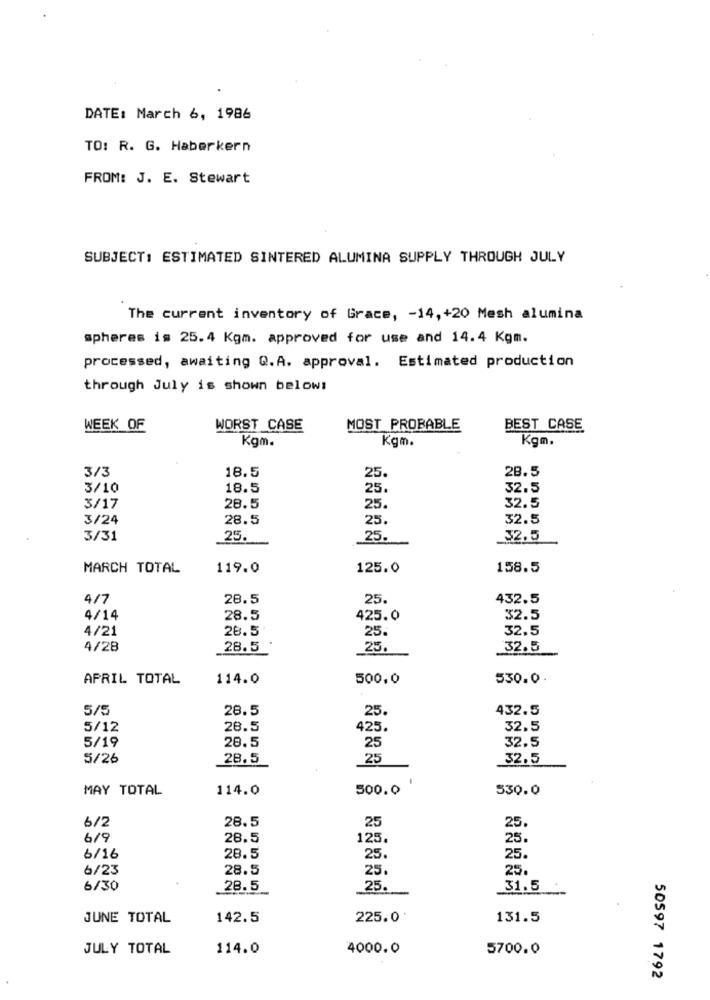
DATE: March 6, 1986
TO: R. G. Haberkern
FROM: J. E. Stewart
SUBJECT: ESTIMATED SINTERED ALUMINA SUPPLY THROUGH JULY
The current inventory of Grace, - 14,+20 Mesh alumina
spheres is 25.4 Kgm. approved for use and 14.4 Kgm.
processed, awaiting Q.A. approval. Estimated production
through July is shown below:
WEEK OF
WORST CASE
MOST PROBABLE
BEST CASE
Kgm.
Kgm.
Kgm.
3/3
18.5
28.5
25.
3/10
18.5
25.
32.5
3/17
28.5
25.
32.5
3/24
28.5
25.
32.5
3/31
25.
25.
32.5
MARCH TOTAL
119.0
125.0
158.5
4/7
28.5
25.
432.5
4/14
28.5
425.0
32.5
4/21
28.5
32,5
25.
4/28
28.5
25.
32.5
APRIL TOTAL
114.0
500.0
530.0.
5/5
28.5
432.5
25
5/12
28.5
425.
32.5
5/19
28.5
32.5
25
5/26
28.5
25
32,5
MAY TOTAL
114.0
500.0
530.0
28.5
6/2
25
25
6/9
28.5
125
25.
6/16
28.5
25.
25.
6/23
28.5
25.
25.
6/30
28.5
25.
31.5
JUNE TOTAL
142.5
225.0'
131.5
JULY TOTAL
114.0
4000.0
5700.0
50597 1792